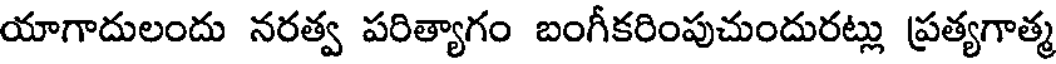
యాగాదులందు నరత్వ పరిత్యాగం బంగీకరింపుచుందురట్లు ప్రత్యగాత్మ